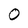
Character: O